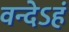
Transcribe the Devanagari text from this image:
वन्देऽहं